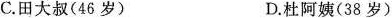
C.田大叔(46岁) D.杜阿姨(38岁)